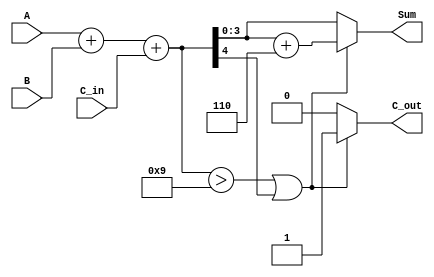
module BCD_Asynchronous_Adder (
    input  [3:0] A,        // First BCD digit
    input  [3:0] B,        // Second BCD digit
    input        C_in,      // Carry input
    output reg [3:0] Sum,   // BCD sum output
    output reg C_out        // Carry output
);

    // Internal signals
    wire [4:0] binary_sum;  // 5 bits to hold the sum and carry
    wire correction;         // Correction signal

    // Step 1: Binary addition of A, B and C_in
    assign binary_sum = A + B + C_in;

    // Step 2: Determine if correction is needed
    assign correction = (binary_sum > 9) || (binary_sum[4]);

    // Step 3: Generate the BCD sum and carry output
    always @(*) begin
        if (correction) begin
            Sum = binary_sum + 6; // Add 6 for correction
            C_out = 1;            // Set carry out
        end else begin
            Sum = binary_sum[3:0]; // Take the lower 4 bits as sum
            C_out = 0;              // No carry out
        end
    end

endmodule